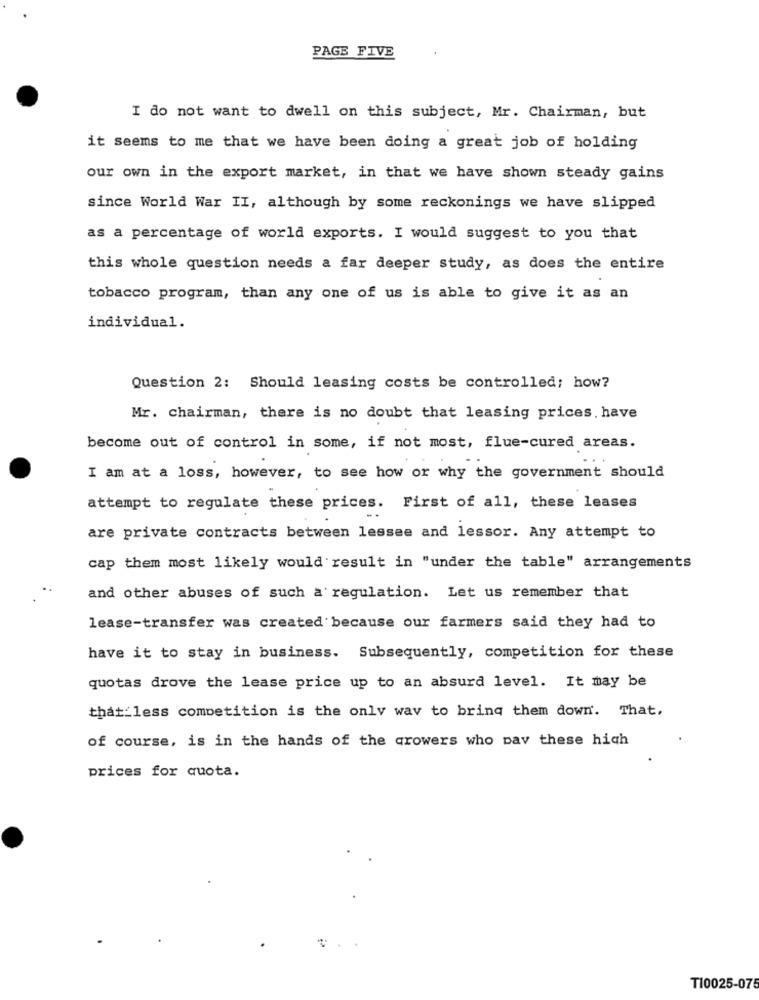
PAGE FIVE
I do not want to dwell on this subject, Mr. Chairman, but
it seems to me that we have been doing a great job of holding
our own in the export market, in that we have shown steady gains
since World War II, although by some reckonings we have slipped
as a percentage of world exports. I would suggest to you that
this whole question needs a far deeper study, as does the entire
tobacco program, than any one of us is able to give it as an
individual.
Question 2: Should leasing costs be controlled; how?
Mr. chairman, there is no doubt that leasing prices. have
become out of control in some, if not most, flue-cured areas.
I am at a loss, however, to see how or why the government should
attempt to regulate these prices. First of all, these leases
are private contracts between lessee and lessor. Any attempt to
cap them most likely would result in "under the table" arrangements
and other abuses of such a regulation. Let us remember that
lease-transfer was created because our farmers said they had to
have it to stay in business. Subsequently, competition for these
quotas drove the lease price up to an absurd level. It may be
that less competition is the only way to bring them down'. That.
of course, is in the hands of the qrowers who pav these high
prices for quota.
T10025-075